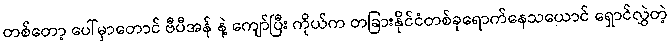
တစ်တော့ ပေါ်မှာတောင် ဗီပီအန် နဲ့ ကျော်ပြီး ကိုယ်က တခြားနိုင်ငံတစ်ခုရောက်နေသယောင် ရှောင်လွှဲတဲ့